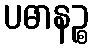
ပဓာနဉ္စ